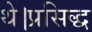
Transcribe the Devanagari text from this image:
थे।प्रसिद्ध